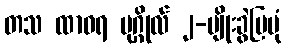
တသ ထာဝရ ပုဂ္ဂိုလ် ၂-မျိုးခွဲပြပုံ